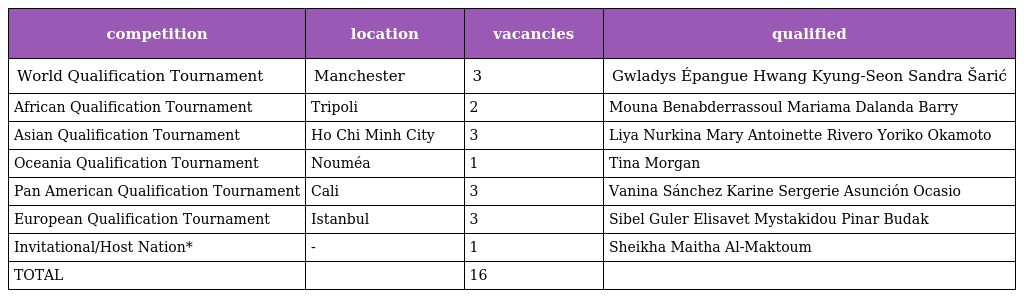
| competition | location | vacancies | qualified |
 | --- | --- | --- | --- |
 | World Qualification Tournament | Manchester | 3 | Gwladys Épangue Hwang Kyung-Seon Sandra Šarić |
 | African Qualification Tournament | Tripoli | 2 | Mouna Benabderrassoul Mariama Dalanda Barry |
 | Asian Qualification Tournament | Ho Chi Minh City | 3 | Liya Nurkina Mary Antoinette Rivero Yoriko Okamoto |
 | Oceania Qualification Tournament | Nouméa | 1 | Tina Morgan |
 | Pan American Qualification Tournament | Cali | 3 | Vanina Sánchez Karine Sergerie Asunción Ocasio |
 | European Qualification Tournament | Istanbul | 3 | Sibel Guler Elisavet Mystakidou Pinar Budak |
 | Invitational/Host Nation* | - | 1 | Sheikha Maitha Al-Maktoum |
 | TOTAL |  | 16 |  |